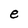
Character: e